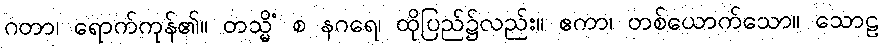
ဂတာ၊ ရောက်ကုန်၏။ တသ္မိံ စ နဂရေ၊ ထိုပြည်၌လည်း။ ဧကာ၊ တစ်ယောက်သော။ သောဠ